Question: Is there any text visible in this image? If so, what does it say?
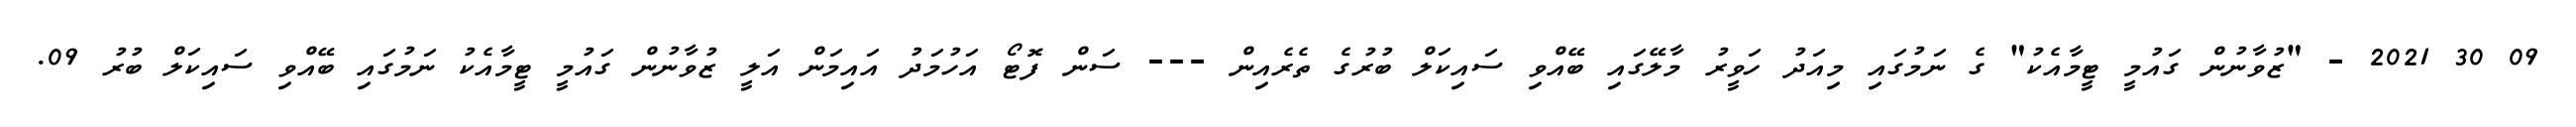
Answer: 09 30 2021 - "ޒުވާނުން ގައުމީ ޓީމާއެކު" ގެ ނަމުގައި މިއަދު ހަވީރު މާލޭގައި ބޭއްވި ސައިކަލް ބުރުގެ ތެރެއިން --- ސަން ފޮޓޯ އަހުމަދު އައިމަން އަލީ ޒުވާނުން ގައުމީ ޓީމާއެކު ނަމުގައި ބޭއްވި ސައިކަލް ބުރު 09.